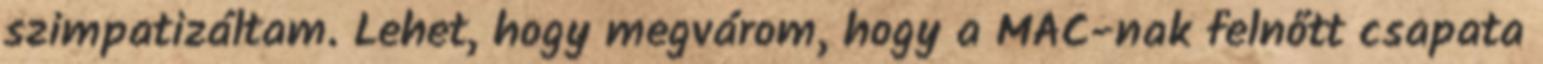
szimpatizáltam. Lehet, hogy megvárom, hogy a MAC-nak felnőtt csapata